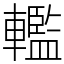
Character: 轞